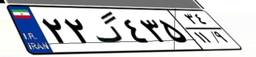
۴۴گ۷۴۹۴۳